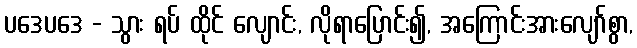
ပဒေပဒေ - သွား ရပ် ထိုင် လျောင်း, လိုရာပြောင်း၍, အကြောင်းအားလျော်စွာ,